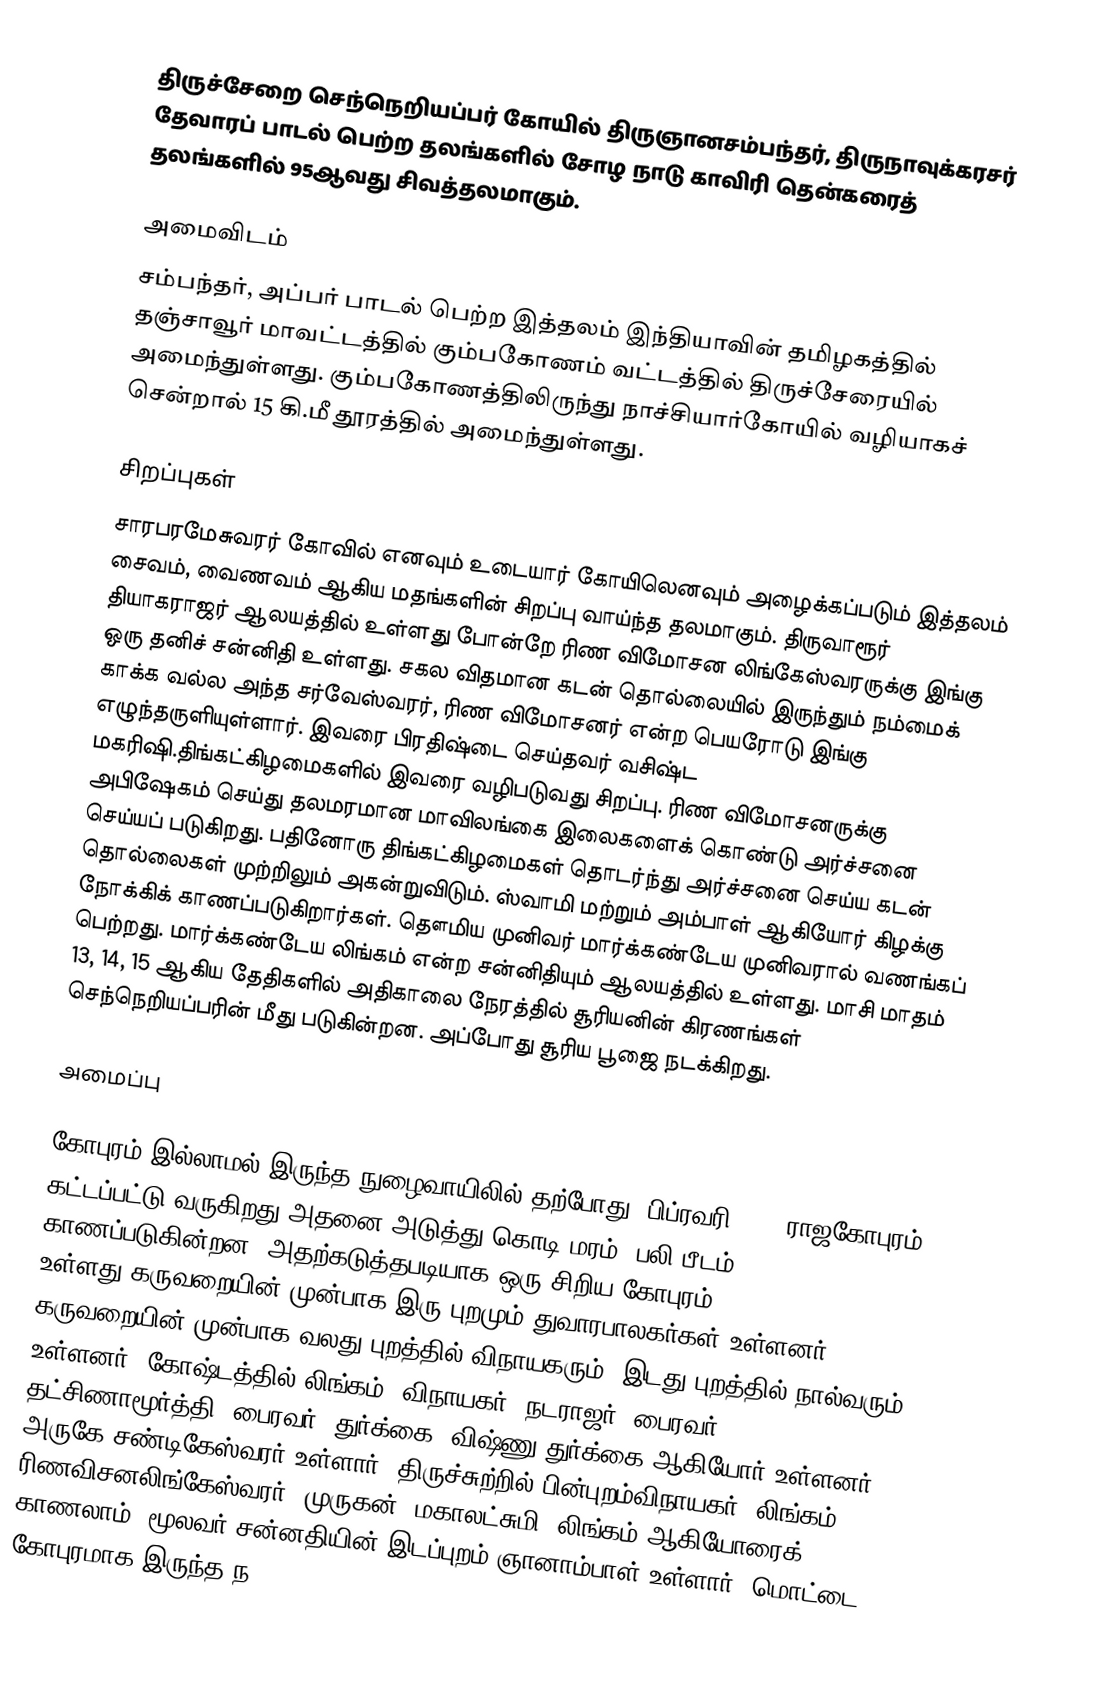
திருச்சேறை செந்நெறியப்பர் கோயில் திருஞானசம்பந்தர், திருநாவுக்கரசர் தேவாரப் பாடல் பெற்ற தலங்களில்  சோழ நாடு காவிரி தென்கரைத் தலங்களில்  95ஆவது சிவத்தலமாகும்.

அமைவிடம்
சம்பந்தர், அப்பர் பாடல் பெற்ற இத்தலம் இந்தியாவின் தமிழகத்தில் தஞ்சாவூர் மாவட்டத்தில்   கும்பகோணம் வட்டத்தில்  திருச்சேரையில் அமைந்துள்ளது. கும்பகோணத்திலிருந்து நாச்சியார்கோயில் வழியாகச் சென்றால் 15 கி.மீ தூரத்தில் அமைந்துள்ளது.

சிறப்புகள்
சாரபரமேசுவரர் கோவில் எனவும் உடையார் கோயிலெனவும் அழைக்கப்படும் இத்தலம் சைவம், வைணவம் ஆகிய மதங்களின் சிறப்பு வாய்ந்த தலமாகும். திருவாரூர் தியாகராஜர் ஆலயத்தில் உள்ளது போன்றே ரிண விமோசன லிங்கேஸ்வரருக்கு இங்கு ஒரு தனிச் சன்னிதி உள்ளது. சகல விதமான கடன் தொல்லையில் இருந்தும் நம்மைக் காக்க வல்ல அந்த சர்வேஸ்வரர், ரிண விமோசனர் என்ற பெயரோடு இங்கு எழுந்தருளியுள்ளார். இவரை பிரதிஷ்டை செய்தவர் வசிஷ்ட மகரிஷி.திங்கட்கிழமைகளில் இவரை வழிபடுவது சிறப்பு. ரிண விமோசனருக்கு அபிஷேகம் செய்து தலமரமான மாவிலங்கை இலைகளைக் கொண்டு அர்ச்சனை செய்யப் படுகிறது. பதினோரு திங்கட்கிழமைகள் தொடர்ந்து அர்ச்சனை செய்ய கடன் தொல்லைகள் முற்றிலும் அகன்றுவிடும். ஸ்வாமி மற்றும் அம்பாள் ஆகியோர் கிழக்கு நோக்கிக் காணப்படுகிறார்கள். தௌமிய முனிவர் மார்க்கண்டேய முனிவரால் வணங்கப் பெற்றது. மார்க்கண்டேய லிங்கம் என்ற சன்னிதியும் ஆலயத்தில் உள்ளது. மாசி மாதம் 13, 14, 15 ஆகிய தேதிகளில் அதிகாலை நேரத்தில் சூரியனின் கிரணங்கள் செந்நெறியப்பரின் மீது படுகின்றன. அப்போது சூரிய பூஜை நடக்கிறது.

அமைப்பு

கோபுரம் இல்லாமல் இருந்த நுழைவாயிலில் தற்போது (பிப்ரவரி 2017)ராஜகோபுரம் கட்டப்பட்டு வருகிறது.அதனை அடுத்து கொடி மரம், பலி பீடம் காணப்படுகின்றன. அதற்கடுத்தபடியாக ஒரு சிறிய கோபுரம் உள்ளது.கருவறையின் முன்பாக இரு புறமும் துவாரபாலகர்கள் உள்ளனர். கருவறையின் முன்பாக வலது புறத்தில் விநாயகரும், இடது புறத்தில் நால்வரும் உள்ளனர். கோஷ்டத்தில் லிங்கம், விநாயகர், நடராஜர், பைரவர், தட்சிணாமூர்த்தி, பைரவர், துர்க்கை, விஷ்ணு துர்க்கை ஆகியோர் உள்ளனர். அருகே சண்டிகேஸ்வரர் உள்ளார். திருச்சுற்றில் பின்புறம்விநாயகர், லிங்கம், ரிணவிசனலிங்கேஸ்வரர், முருகன், மகாலட்சுமி, லிங்கம் ஆகியோரைக் காணலாம். மூலவர் சன்னதியின் இடப்புறம் ஞானாம்பாள் உள்ளார். மொட்டை கோபுரமாக இருந்த ந